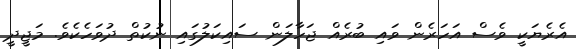
އެރެޔަކީ ވެސް އަހަރެން ވައި ބުރެއް ޖަހާލަން ސައިކަލުގައި ނުކުތް ދުވަހެކެވެ. މަޖީދީ